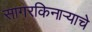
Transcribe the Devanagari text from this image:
सागरकिनार्‍याचे